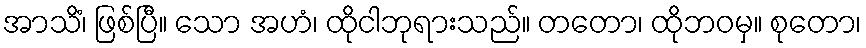
အာသိံ၊ ဖြစ်ပြီ။ သော အဟံ၊ ထိုငါဘုရားသည်။ တတော၊ ထိုဘဝမှ။ စုတော၊